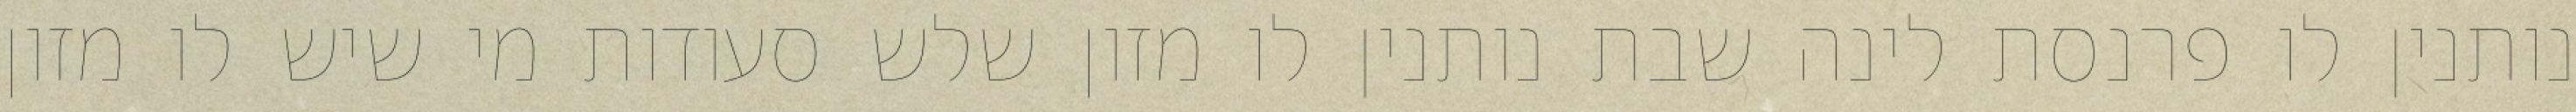
נותנין לו פרנסת לינה שבת נותנין לו מזון שלש סעודות מי שיש לו מזון